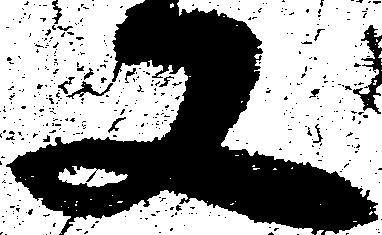
又